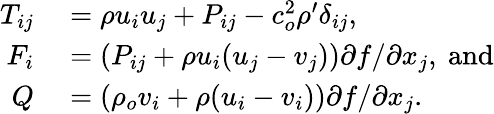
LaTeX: \begin{array}{rl}{T_{ij}}&{{}=\rho u_{i}u_{j}+P_{ij}-c_{o}^{2}\rho^{\prime}\delta_{ij},}\\ {F_{i}}&{{}=(P_{ij}+\rho u_{i}(u_{j}-v_{j})){\partial f}/{\partial x_{j}},~\mathrm{and}}\\ {Q}&{{}=(\rho_{o}v_{i}+\rho(u_{i}-v_{i})){\partial f}/{\partial x_{j}}.}\end{array}